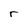
Character: r